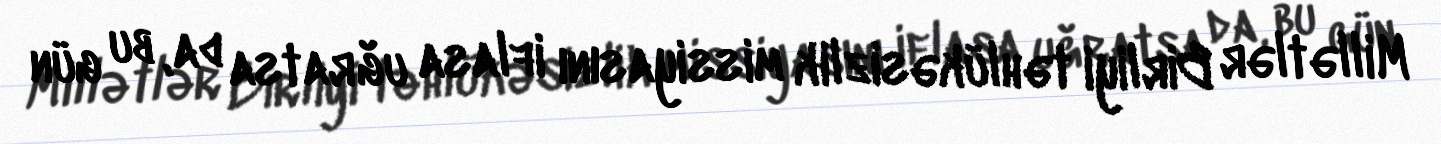
Millətlər Birliyi təhlükəsizlik missiyasını iflasa uğratsa da, bu gün